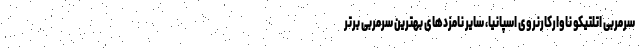
سرمربی اتلتیکو ناوارکارنروی اسپانیا، سایر نامزدهای بهترین سرمربی برتر